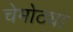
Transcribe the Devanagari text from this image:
चेमोठ्या